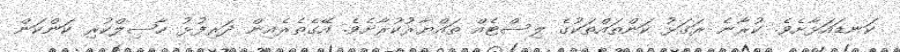
ކަނޑައަޅާށެވެ. ކުރާނެ ރަގަޅު ކަންތައްތަކުގެ ލިސްޓެއް ތައްޔާރުކުރާށެވެ. އޭގެތެރެއިން ދަރިފުޅު ޙާޞިލްކުރި ކަންކަން